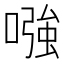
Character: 𠼢